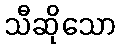
သီဆိုသော